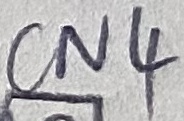
Text: CN4